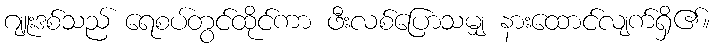
ဂျူးဒစ်သည် ရေစပ်တွင်ထိုင်ကာ ဖီးလစ်ပြောသမျှ နားထောင်လျက်ရှိ၏။